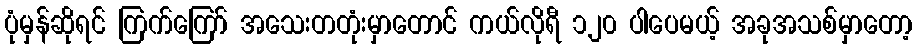
ပုံမှန်ဆိုရင် ကြက်ကြော် အသေးတတုံးမှာတောင် ကယ်လိုရီ ၁၂၀ ပါပေမယ့် အခုအသစ်မှာတော့